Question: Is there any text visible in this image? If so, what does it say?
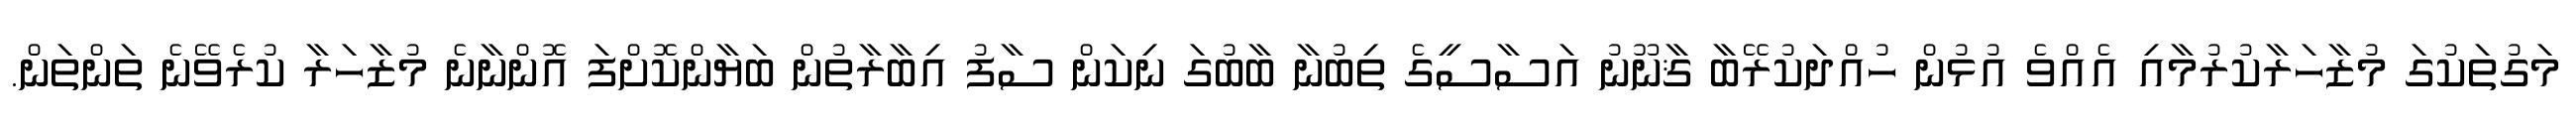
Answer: މަގުތަކުގަ މުޒާހަރާކުރުމާއި އެއްވެ އުޅުން ހުއްދަކުރޭބާ ޤާނޫނު އަސާސީގެ ތިބުނާ ބާބުގަ ނިކަން ސާފު އިބާރާތުން ބަޔާންކޮށްފަ އޮންނާނެ މުޒާހަރާ ކުރެވޭނެ ތަންތަން.